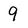
Character: 9